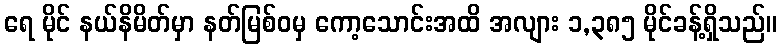
ရေ မိုင် နယ်နိမိတ်မှာ နတ်မြစ်ဝမှ ကော့သောင်းအထိ အလျား ၁,၃၈၅ မိုင်ခန့်ရှိသည်။